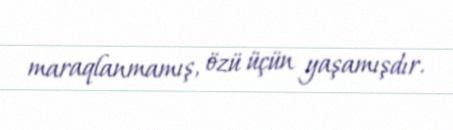
maraqlanmamış, özü üçün yaşamışdır.